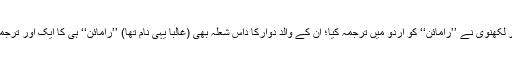
بشیشر پرشاد منور لکھنوی نے ’’رامائن‘‘ کو اردو میں ترجمہ کیا؛ ان کے والد دوارکا داس شعلہ بھی (غالباً یہی نام تھا) ’’رامائن‘‘ ہی کا ایک اور ترجمہ کر چکے تھے۔